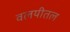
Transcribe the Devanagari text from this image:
वलयीतल